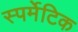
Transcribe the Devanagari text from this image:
स्पर्मेटिक